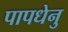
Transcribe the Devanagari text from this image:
पापधेनु